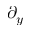
\partial _ { y }